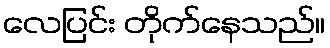
လေပြင်း တိုက်နေသည်။